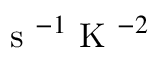
\mathrm { ~ s ~ } ^ { - 1 } \mathrm { ~ K ~ } ^ { - 2 }